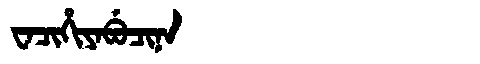
Manchu: ᠸᠠᠴᡳᡥᡳᠶᠠᠪᡠᠴᡳᠨᠠ
Romanization: WACIHIYABUCINA